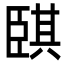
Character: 𦣫